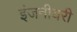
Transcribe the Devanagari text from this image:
इंजनीयरी